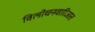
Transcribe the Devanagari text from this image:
विलोचनवारिजात